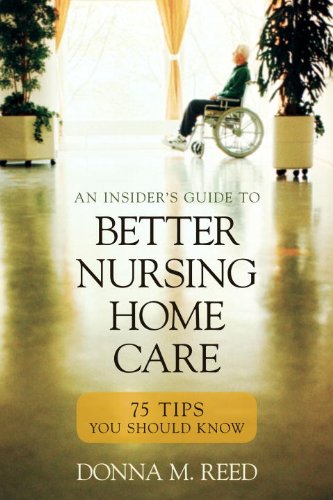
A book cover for Insider's Guide to Better Nursing Home Care: 75 Tips You Should Know; Donna M. Reed; Health, Fitness & Dieting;